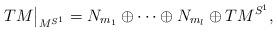
LaTeX: \begin{align*}TM\big|_{M^{S^1}}=N_{m_1}\oplus \cdots \oplus N_{m_l} \oplus TM^{S^1},\end{align*}